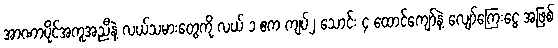
အာဏာပိုင်အကူအညီနဲ့ လယ်သမားတွေကို လယ် ၁ ဧက ကျပ်၂ သောင်း ၄ ထောင်ကျော်နဲ့ လျော်ကြေးငွေ အဖြစ်